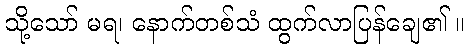
သို့သော် မရ၊ နောက်တစ်သံ ထွက်လာပြန်ချေ၏ ။